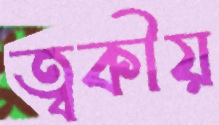
ত্বকীয়